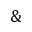
\&